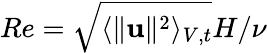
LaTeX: Re=\sqrt{\langle\| \mathbf{u}\| ^{2}\rangle_{V,t}}H/\nu